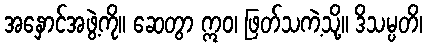
အနှောင်အဖွဲ့ကို။ ဆေတွာ ဣဝ၊ ဖြတ်သကဲ့သို့။ ဒိသမ္ပတိ၊